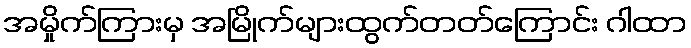
အမှိုက်ကြားမှ အမြိုက်များထွက်တတ်ကြောင်း ဂါထာ